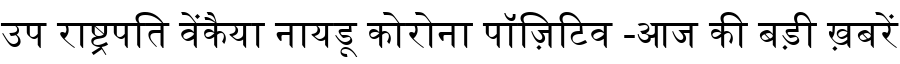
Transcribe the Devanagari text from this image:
उप राष्ट्रपति वेंकैया नायडू कोरोना पॉज़िटिव -आज की बड़ी ख़बरें